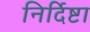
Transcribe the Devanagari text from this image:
निर्दिष्टा